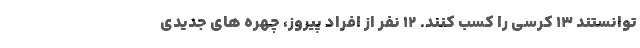
توانستند 13 کرسی را کسب کنند. 12 نفر از افراد پیروز، چهره های جدیدی